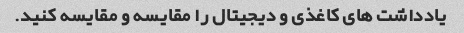
یادداشت های کاغذی و دیجیتال را مقایسه و مقایسه کنید.